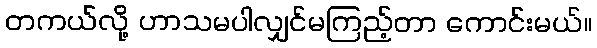
တကယ်လို့ ဟာသမပါလျှင်မကြည့်တာ ကောင်းမယ်။